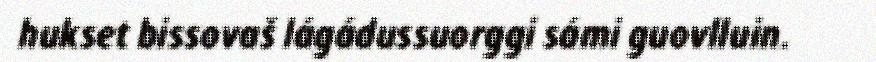
hukset bissovaš lágádussuorggi sámi guovlluin.